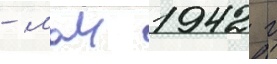
- маи 1942 г